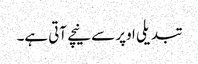
تبدیلی اوپر سے نیچے آتی ہے۔